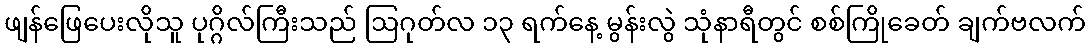
ဖျန်ဖြေပေးလိုသူ ပုဂ္ဂိလ်ကြီးသည် ဩဂုတ်လ ၁၃ ရက်နေ့ မွန်းလွဲ သုံနာရီတွင် စစ်ကြိုခေတ် ချက်ဗလက်